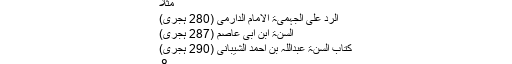
مثلاً
الرد علی الجہمیۃ الامام الدارمی (280 ہجری)
السنۃ ابن ابی عاصم (287 ہجری)
کتاب السنۃ عبداللہ بن احمد الشیبانی (290 ہجری)
8۔